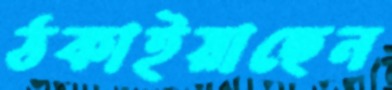
ঠকাইয়াছেন